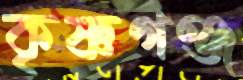
কৃষ্ণগঞ্জ